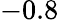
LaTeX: -0.8